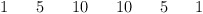
\begin{align*}\begin{array}{ccccccccccccccccc}&&&1&&5&&10&&10&&5&&1&&&\\\end{array}\end{align*}